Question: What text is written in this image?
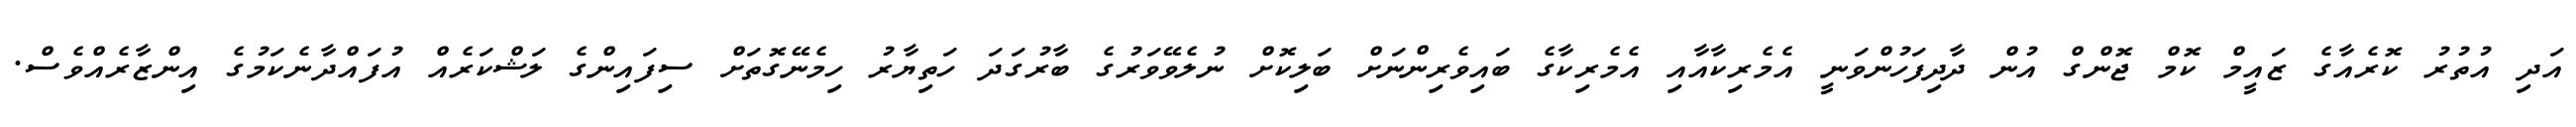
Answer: އަދި އުތުރު ކޮރެއާގެ ޒައީމް ކޮމް ޖޮންގް އުން ދާދިފަހުންވަނީ އެމެރިކާއާއި އެމެރިކާގެ ބައިވެރިންނަށް ބަލިކޮށް ނުލެވޭވަރުގެ ބާރުގަދަ ހަތިޔާރު ހިމެނޭގޮތަށް ސިފައިންގެ ލަޝްކަރެއް އުފައްދާނެކަމުގެ އިންޒާރެއްވެސް.